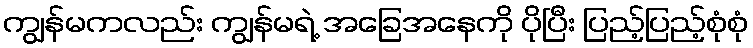
ကျွန်မကလည်း ကျွန်မရဲ့ အခြေအနေကို ပိုပြီး ပြည့်ပြည့်စုံစုံ